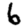
Digit: 6